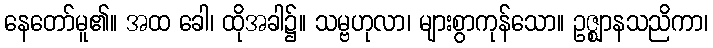
နေတော်မူ၏။ အထ ခေါ၊ ထိုအခါ၌။ သမ္ဗဟုလာ၊ များစွာကုန်သော။ ဥဇ္ဈာနသညိကာ၊